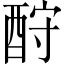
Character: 酧